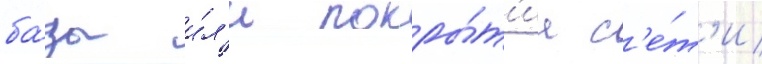
ба́зы и́л'и покры́т'иа с'е́т'и